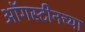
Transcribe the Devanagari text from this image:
ऑगस्टीनच्या